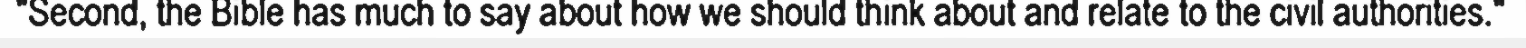
"Second, the Bible has much to say about how we should think about and relate to the civil authorities."